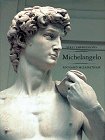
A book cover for First Impressions: Michelangelo (First Impressions Series); Richard McLanathan; Teen & Young Adult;